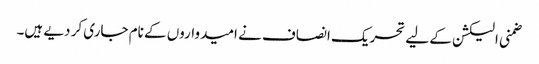
ضمنی الیکشن کے لیے تحریک انصاف نے امیدواروں کے نام جاری کر دیے ہیں۔